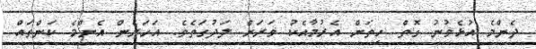
ދެންމެ އުޅެވުނު ގޮތް ހިތަށް އެރުމާއެކު ވަރަށް ލަދުގަތެވެ. އަހަރެން އެންމެ ކަންތައް